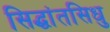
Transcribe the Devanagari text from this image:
सिद्धांतसिधु